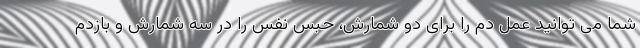
شما می توانید عمل دم را برای دو شمارش، حبس نفس را در سه شمارش و بازدم